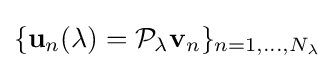
\{\mathbf {u} _{n}(\lambda )={\mathcal {P}}_{\lambda }\mathbf {v} _{n}\}_{n=1,\dots ,N_{\lambda }}